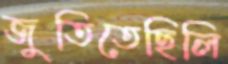
জুতিতেছিলি